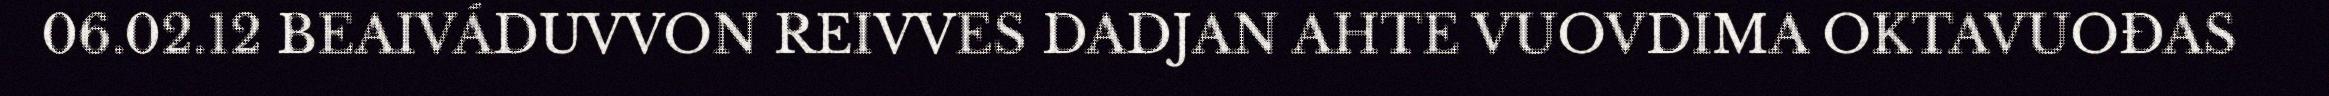
06.02.12 BEAIVÁDUVVON REIVVES DADJAN AHTE VUOVDIMA OKTAVUOĐAS